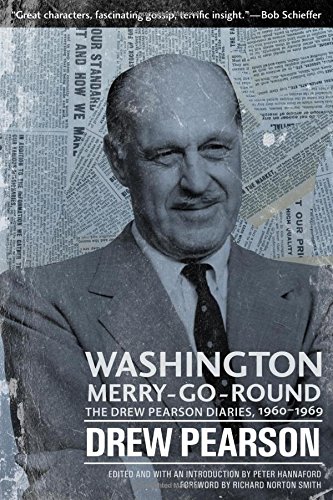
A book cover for Washington Merry-Go-Round: The Drew Pearson Diaries, 1960-1969; Drew Pearson; Literature & Fiction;